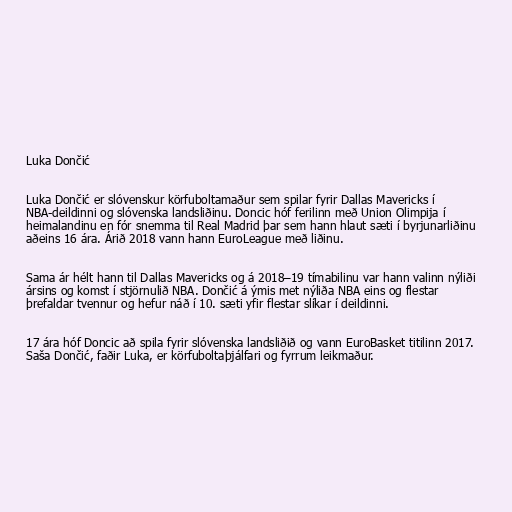
Luka Dončić

Luka Dončić er slóvenskur körfuboltamaður sem spilar fyrir Dallas Mavericks í
NBA-deildinni og slóvenska landsliðinu. Doncic hóf ferilinn með Union Olimpija í
heimalandinu en fór snemma til Real Madrid þar sem hann hlaut sæti í byrjunarliðinu
aðeins 16 ára. Árið 2018 vann hann EuroLeague með liðinu.

Sama ár hélt hann til Dallas Mavericks og á 2018–19 tímabilinu var hann valinn nýliði
ársins og komst í stjörnulið NBA. Dončić á ýmis met nýliða NBA eins og flestar
þrefaldar tvennur og hefur náð í 10. sæti yfir flestar slíkar í deildinni.

17 ára hóf Doncic að spila fyrir slóvenska landsliðið og vann EuroBasket titilinn 2017.
Saša Dončić, faðir Luka, er körfuboltaþjálfari og fyrrum leikmaður.